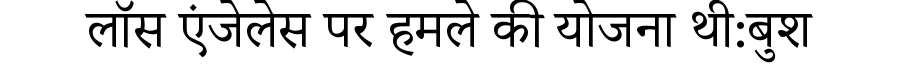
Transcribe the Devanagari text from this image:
लॉस एंजेलेस पर हमले की योजना थी:बुश